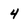
Character: 4